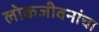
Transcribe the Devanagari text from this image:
लोकजीवनांचा